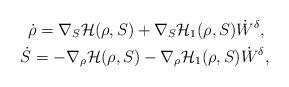
LaTeX: \begin{align*}\dot \rho=\nabla_{S} \mathcal H(\rho,S)+\nabla_{S} \mathcal H_1(\rho,S)\dot W^{\delta},\;\\\dot S=-\nabla_{\rho} \mathcal H(\rho,S)-\nabla_{\rho} \mathcal H_1(\rho,S)\dot W^{\delta},\end{align*}